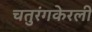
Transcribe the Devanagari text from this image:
चतुरंगकेरली